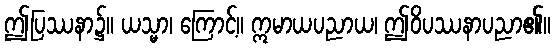
ဤပြဿနာ၌။ ယသ္မာ၊ ကြောင့်။ ဣမာယပညာယ၊ ဤဝိပဿနာပညာ၏။